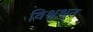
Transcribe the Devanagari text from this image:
विश्वश्रुत